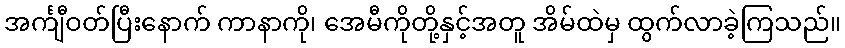
အင်္ကျီဝတ်ပြီးနောက် ကာနာကို၊ အေမီကိုတို့နှင့်အတူ အိမ်ထဲမှ ထွက်လာခဲ့ကြသည်။